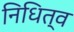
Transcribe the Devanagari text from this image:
निधित्व